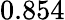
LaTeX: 0.854